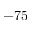
- 7 5